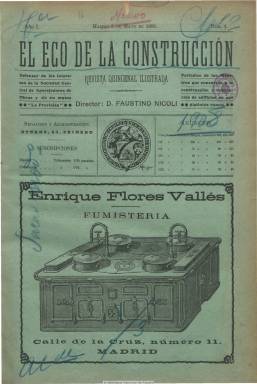
Título: El Eco de la construcción
Colección: Arquitectura y construcción
Ámbito geográfico: Madrid
Lugar de publicación: Madrid
Fechas: 06/05/1908-01/04/1913

Revista quincenal ilustrada, órgano defensor de los intereses de la patronal de la construcción unida en torno a la Sociedad Central de Aparejadores y Maestros de la Construcción de Madrid, indicando en su cabecera que es el “periódico de los Maestros que concurren a la construcción y reparación de edificios en sus distintos ramos”. Comienza a publicarse el seis de mayo de 1908 y será dirigida por el destacado marmolista e industrial cantero, además de restaurador de edificios monumentales, Faustino Nicoli Nizza (¿-1925), que llegará a ser más tarde alcalde interino de Madrid en 1923, en el momento en el que la dictadura primoriverista disuelve los ayuntamientos españoles. Como miembro del Partido Liberal, Nicoli será también, en 1908, primer teniente de alcalde y vicepresidente de la Comisión de Obras del Ayuntamiento de Madrid.

La publicación dedicará especial atención, a través sobre todo de los artículos de su director, a cuestiones legislativas y reformas sociales, como las leyes de trabajo, del descanso dominical y, especialmente, la de accidentes de trabajo, así como a las sucesivas huelgas y conflictos obreros que se planteaban en el sector de la construcción. Pero también es una de las revistas especializadas que ven la luz al comienzo del siglo veinte centradas asimismo en la información arquitectónica y en asuntos técnicos y profesionales de la construcción.

Además de artículos doctrinales o técnicos, cuenta con las secciones de Solicitudes de licencias, que después titulará Municipalerías; Subastas y concursos, y Bibliografía. También dará amplia información de los acuerdos de la Sociedad Central de Aparejadores y de La Previsión, la sociedad mutua de accidentes de esta patronal. Inserta asimismo reseñas de las principales obras que se proyectan o ejecutan en España, que van acompañadas a veces de fotografías.

Tuvo enfrente a El trabajo, la publicación sindical que se editaba esos años como órgano de la Sociedad de Obreros Albañiles. El último número de la colección de la Biblioteca Nacional de España corresponde al uno de abril de 1913, desconociéndose si siguió publicándose, aunque fue continuada por El eco patronal (1922-1936), órgano de la federación de empresarios madrileños y más tarde de la confederación española.